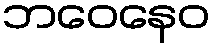
ဘဝေနေဝ